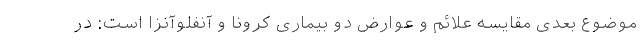
موضوع بعدی مقایسه علائم و عوارض دو بیماری کرونا و آنفلوآنزا است: در